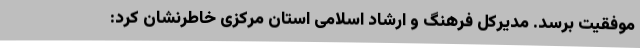
موفقیت برسد. مدیرکل فرهنگ و ارشاد اسلامی استان مرکزی خاطرنشان کرد: